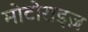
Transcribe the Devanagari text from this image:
मोटोराइज़